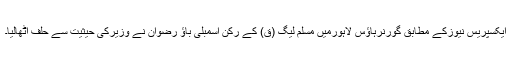
ایکسپریس نیوزکے مطابق گورنرہاؤس لاہورمیں مسلم لیگ (ق) کے رکن اسمبلی باؤ رضوان نے وزیرکی حیثیت سے حلف اٹھالیا۔